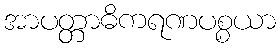
အာပတ္တာဓိကရဏပစ္စယာ